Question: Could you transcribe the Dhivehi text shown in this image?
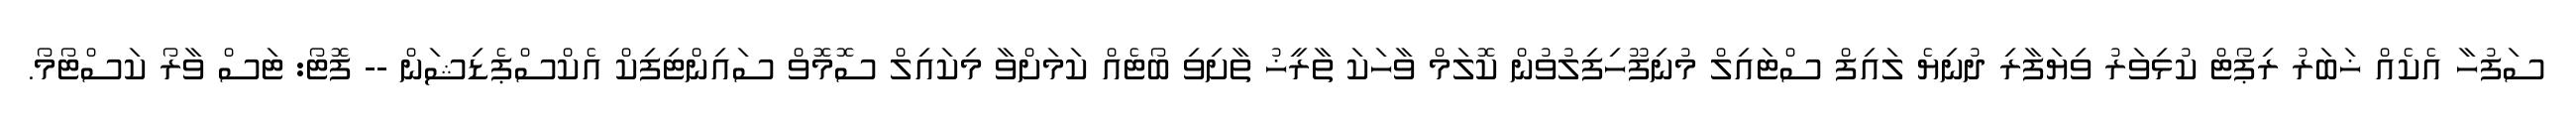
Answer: ސަފުހާ އެކެއް ޚަބަރު ރިޕޯޓް ކުޅިވަރު ވިޔަފާރި ދުނިޔެ ލައިފް ސްޓައިލް މުނިފޫހިފިލުވުން ކޮލަމް ވާހަކަ ތާރީޚު ތާށިވި ބޯޓެއް ކަމަށްވާ މިކައިލް ސޮމޮވް ސައިންޓިފިކް އެކްސްޕެޑިޝަން -- ފޮޓޯ: ޓަސް ވާރޯ ކަސްޓޯމޯ.